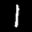
Label: 1